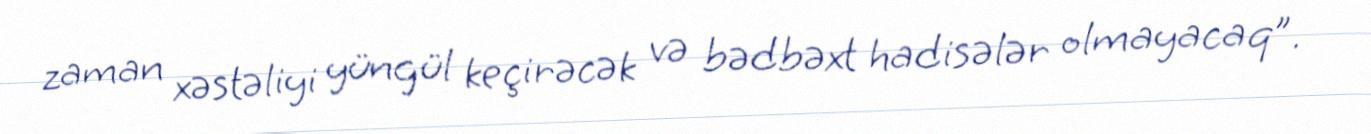
zaman xəstəliyi yüngül keçirəcək və bədbəxt hadisələr olmayacaq”.